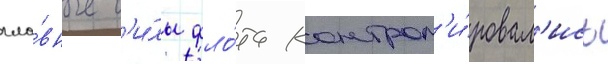
гла́вные с'и́лы фло́та контрол'и́ровал'ись